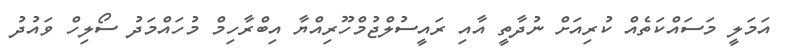
އަމަލީ މަސައްކަތެއް ކުރިއަށް ނުދާތީ އާއި ރައީސުލްޖުމްހޫރިއްޔާ އިބްރާހިމް މުހައްމަދު ސޯލިހް ވައުދު